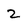
Character: 2